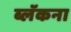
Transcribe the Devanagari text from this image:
ब्लॅकना